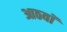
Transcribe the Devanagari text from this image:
आठवाॅ